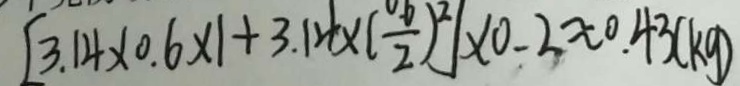
[ 3 . 1 4 \times 0 . 6 \times 1 + 3 . 1 4 \times ( \frac { 0 . 6 } { 2 } ) ^ { 2 } ] \times 0 . 2 \approx 0 . 4 3 ( k g )